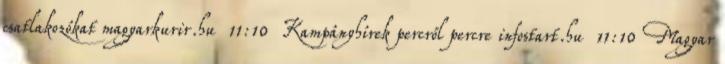
csatlakozókat magyarkurir.hu 11:10 Kampányhírek percről percre infostart.hu 11:10 Magyar